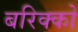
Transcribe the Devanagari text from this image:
बरिक्को